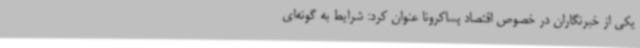
یکی از خبرنگاران در خصوص اقتصاد پساکرونا عنوان کرد: شرایط به گونه‌ای